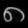
Digit: ၈